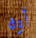
أوه